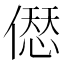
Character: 𠍴